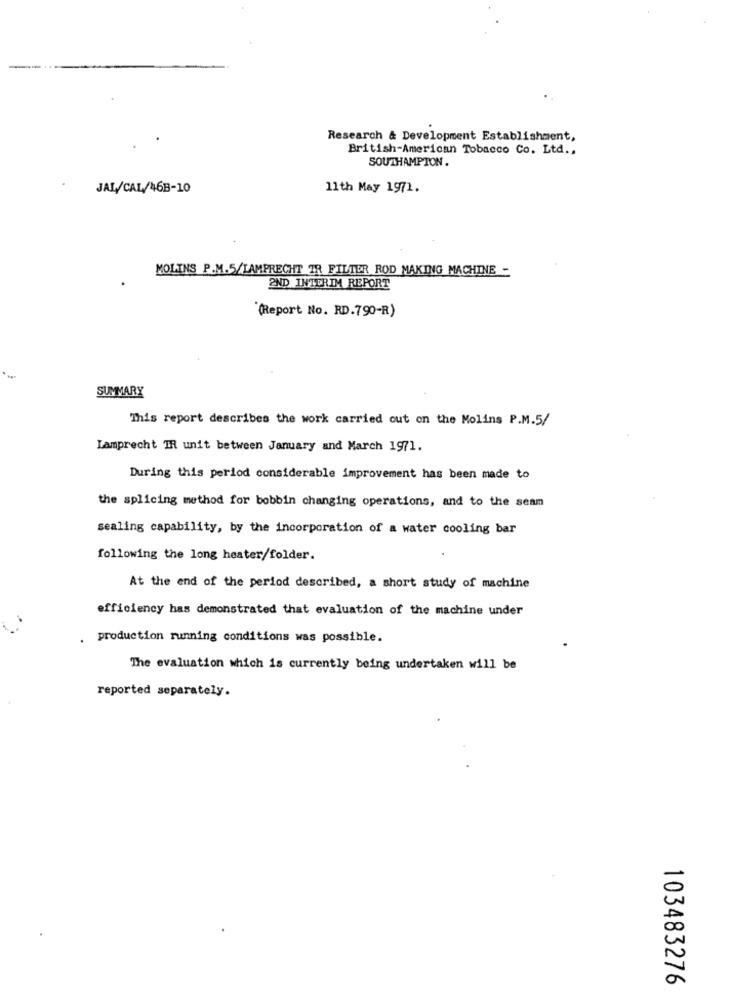
Research & Development Establishment,
British-American Tobacco Co. Ltd ..
SOUTHAMPTON .
JAL/CAL/46B-10
11th May 1971.
MOLINS P.M.5/LAMPRECHT TR FILTER ROD MAKING MACHINE -
PND INTERIM REPORT
(Report No. RD.790-R)
SUMMARY
This report describes the work carried out on the Molins P.M.5/
Lamprecht IR unit between January and March 1971.
During this period considerable improvement has been made to
the splicing method for bobbin changing operations, and to the seam
sealing capability, by the incorporation of a water cooling bar
following the long heater/folder.
At the end of the period described, a short study of machine
efficiency has demonstrated that evaluation of the machine under
production running conditions was possible.
The evaluation which is currently being undertaken will be
reported separately.
103483276